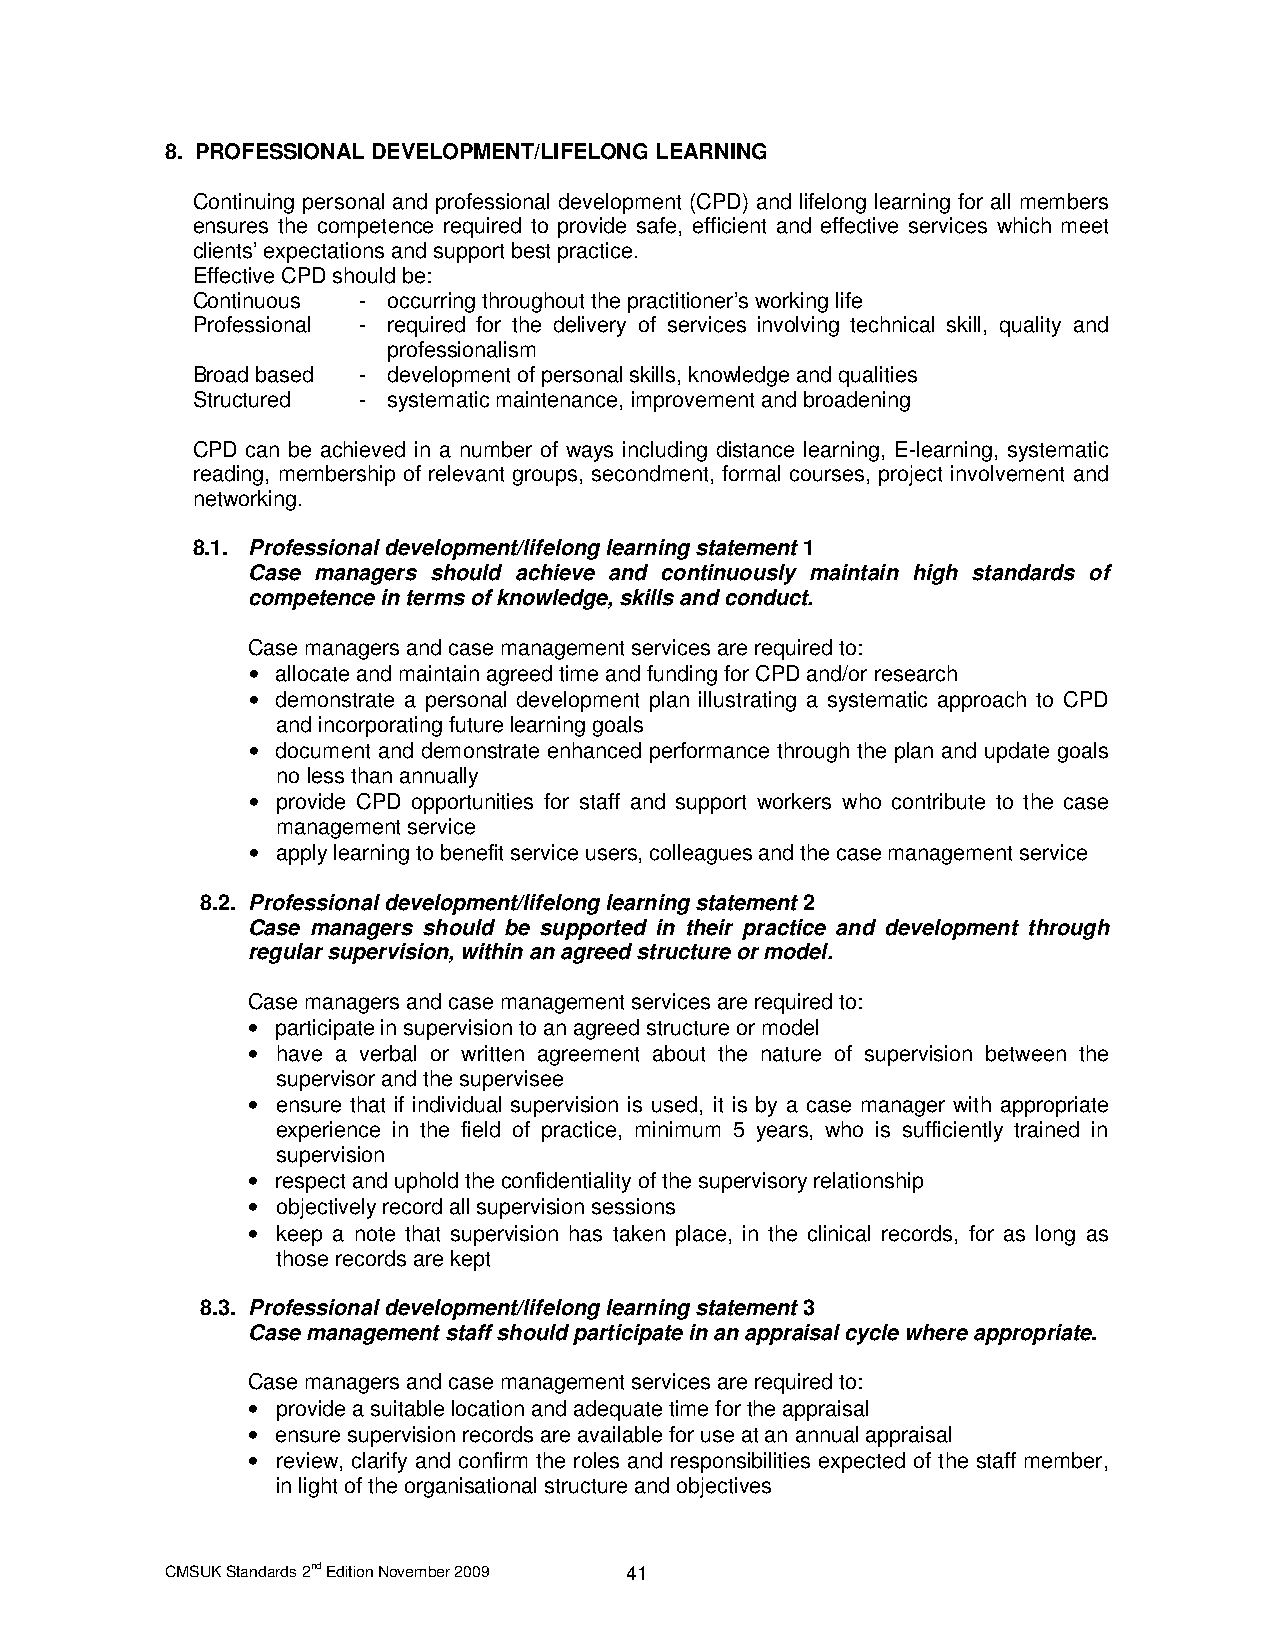
8. PROFESSIONAL DEVELOPMENT/LIFELONG LEARNING
 Continuing personal and professional development (CPD) and lifelong learning for all members
 ensures the competence required to provide safe, efficient and effective services which meet
 clients’ expectations and support best practice.
 Effective CPD should be:
 Continuous - occurring throughout the practitioner’s working life
 Professional - required for the delivery of services involving technical skill, quality and
 professionalism
 Broad based - development of personal skills, knowledge and qualities
 Structured - systematic maintenance, improvement and broadening
 CPD can be achieved in a number of ways including distance learning, E-learning, systematic
 reading, membership of relevant groups, secondment, formal courses, project involvement and
 networking.
 8.1. Professional development/lifelong learning statement 1
 Case managers should achieve and continuously maintain high standards of
 competence in terms of knowledge, skills and conduct.
 Case managers and case management services are required to:
 • allocate and maintain agreed time and funding for CPD and/or research
 • demonstrate a personal development plan illustrating a systematic approach to CPD
 and incorporating future learning goals
 • document and demonstrate enhanced performance through the plan and update goals
 no less than annually
 • provide CPD opportunities for staff and support workers who contribute to the case
 management service
 • apply learning to benefit service users, colleagues and the case management service
 8.2. Professional development/lifelong learning statement 2
 Case managers should be supported in their practice and development through
 regular supervision, within an agreed structure or model.
 Case managers and case management services are required to:
 • participate in supervision to an agreed structure or model
 • have a verbal or written agreement about the nature of supervision between the
 supervisor and the supervisee
 • ensure that if individual supervision is used, it is by a case manager with appropriate
 experience in the field of practice, minimum 5 years, who is sufficiently trained in
 supervision
 • respect and uphold the confidentiality of the supervisory relationship
 • objectively record all supervision sessions
 • keep a note that supervision has taken place, in the clinical records, for as long as
 those records are kept
 8.3. Professional development/lifelong learning statement 3
 Case management staff should participate in an appraisal cycle where appropriate.
 Case managers and case management services are required to:
 • provide a suitable location and adequate time for the appraisal
 • ensure supervision records are available for use at an annual appraisal
 • review, clarify and confirm the roles and responsibilities expected of the staff member,
 in light of the organisational structure and objectives
 CMSUK Standards 2nd Edition November 2009 41